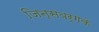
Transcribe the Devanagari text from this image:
जिन्सबर्गके